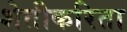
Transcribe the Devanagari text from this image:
शेतीकरिता